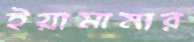
ইয়ামামার